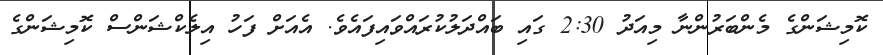
ކޮމިޝަންގެ މެންބަރުންނާ މިއަދު 2:30 ގައި ބައްދަލުކުރައްވައިފައެވެ. އެއަށް ފަހު އިލެކްޝަންސް ކޮމިޝަންގެ